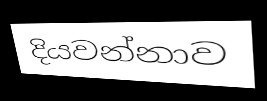
දියවන්නාව